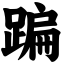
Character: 蹁